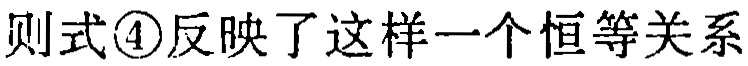
则式\textcircled{4}反映了这样一个恒等关系